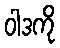
ဝါဒကို